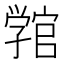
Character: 𭓚